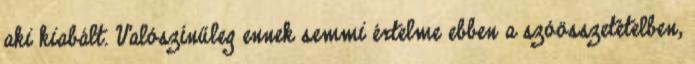
aki kiabált. Valószínűleg ennek semmi értelme ebben a szóösszetételben,